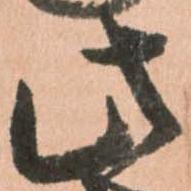
此